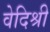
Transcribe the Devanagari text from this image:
वेदिश्री